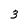
Character: 3